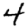
Digit: 4